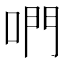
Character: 𠵘